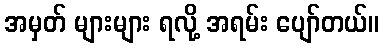
အမှတ် များများ ရလို့ အရမ်း ပျော်တယ်။